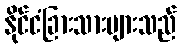
နိုင်ငံခြားသားများသည်